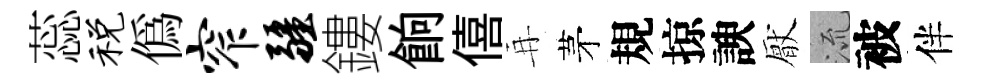
蕊税偽窄疆鏤餉僖再茅規掠諛厭𣴑被伴